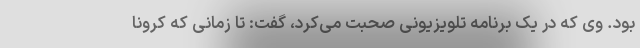
بود. وی که در یک برنامه تلویزیونی صحبت می‌کرد، گفت: تا زمانی که کرونا